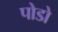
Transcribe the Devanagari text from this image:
पोडो